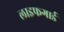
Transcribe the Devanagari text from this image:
लाइफगार्ड